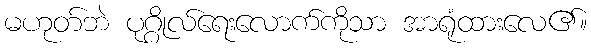
မဟုတ်ဘဲ ပုဂ္ဂိုလ်ရေးလောက်ကိုသာ အာရုံထားလေ၏။